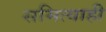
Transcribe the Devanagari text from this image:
समित्याही